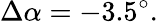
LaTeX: \Delta\alpha=-3.5^{\circ}.